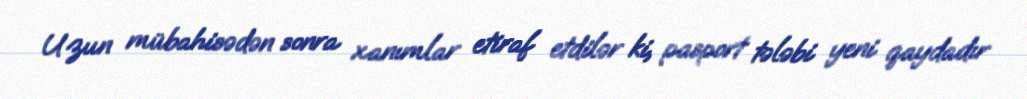
Uzun mübahisədən sonra xanımlar etiraf etdilər ki, pasport tələbi yeni qaydadır